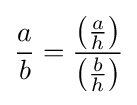
{\frac {a}{b}}={\frac {\left({\frac {a}{h}}\right)}{\left({\frac {b}{h}}\right)}}